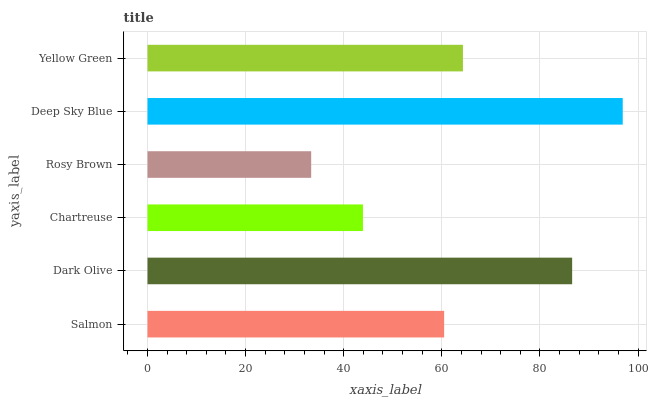
| yaxis_label | bars |
 | --- | --- |
 | Salmon | 60.5 |
 | Dark Olive | 86.6 |
 | Chartreuse | 43.9 |
 | Rosy Brown | 33.4 |
 | Deep Sky Blue | 96.9 |
 | Yellow Green | 64.3 |